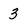
Character: 3